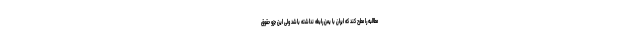
مطالبه را مطرح کند که ایران با یمن رابطه نداشته باشد ولی این جزو حقوق